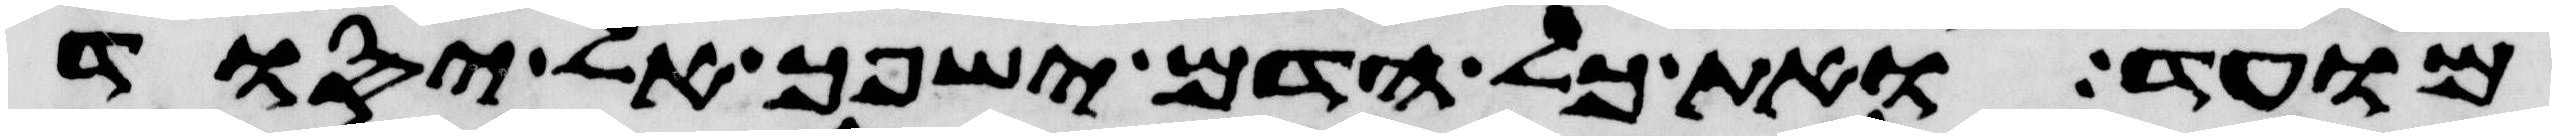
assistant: מועד ואת כל הדם ישפך אל יסוד